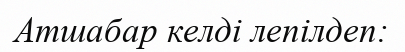
Атшабар келді лепілдеп: